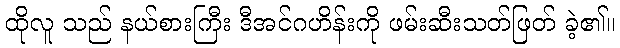
ထိုလူ သည် နယ်စားကြီး ဒီအင်ဂဟိန်းကို ဖမ်းဆီးသတ်ဖြတ် ခဲ့၏။